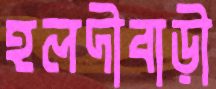
হলদীবাড়ী